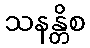
သနန္တိစ